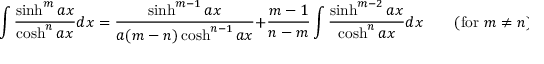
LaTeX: \int { \frac { \sinh ^ { m } a x } { \cosh ^ { n } a x } } d x = { \frac { \sinh ^ { m - 1 } a x } { a ( m - n ) \cosh ^ { n - 1 } a x } } + { \frac { m - 1 } { n - m } } \int { \frac { \sinh ^ { m - 2 } a x } { \cosh ^ { n } a x } } d x \qquad { \mathrm { ( f o r ~ } } m \neq n { \mathrm { ) } }